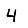
Digit: 4